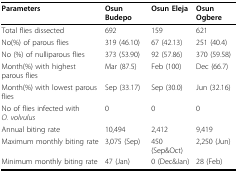
<table><thead><tr><td><b>Parameters</b></td><td><b>Osun Budepo</b></td><td><b>Osun Eleja</b></td><td><b>Osun Ogbere</b></td></tr></thead><tbody><tr><td>Total flies dissected</td><td>692</td><td>159</td><td>621</td></tr><tr><td>No(%) of parous flies</td><td>319 (46.10)</td><td>67 (42.13)</td><td>251 (40.4)</td></tr><tr><td>No (%) of nulliparous flies</td><td>373 (53.90)</td><td>92 (57.86)</td><td>370 (59.58)</td></tr><tr><td>Month(%) with highest parous flies</td><td>Mar (87.5)</td><td>Feb (100)</td><td>Dec (66.7)</td></tr><tr><td>Month(%) with lowest parous flies</td><td>Sep (33.17)</td><td>Sep (30.0)</td><td>Jun (32.16)</td></tr><tr><td>No of flies infected with <i>O. volvulus</i></td><td>0</td><td>0</td><td>0</td></tr><tr><td>Annual biting rate</td><td>10,494</td><td>2,412</td><td>9,419</td></tr><tr><td>Maximum monthly biting rate</td><td>3,075 (Sep)</td><td>450 (Sep&amp;Oct)</td><td>2,250 (Jun)</td></tr><tr><td>Minimum monthly biting rate</td><td>47 (Jan)</td><td>0 (Dec&amp;Jan)</td><td>28 (Feb)</td></tr></tbody></table>